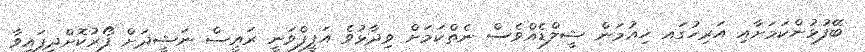
ބޭފުޅުންކަމަށާއި އަރިހުގައ ހިއުމަން ޝީލްޑެއްވެސް ނެތްކަމަށް ވިދާޅުވެ އަފީފްވަނީ ރައީސް ނަޝީދަށް ފޯރުކޮށްދީފައިވާ